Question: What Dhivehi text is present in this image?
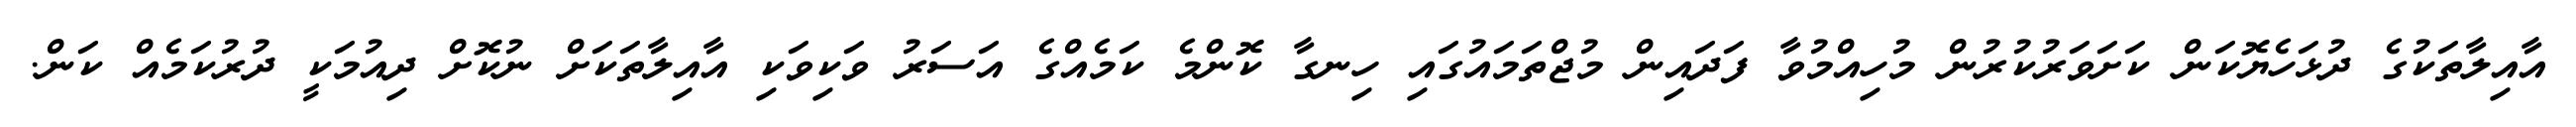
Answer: އާއިލާތަކުގެ ދުޅަހެޔޮކަން ކަށަވަރުކުރުން މުހިއްމުވާ ފަދައިން މުޖްތަމައުގައި ހިނގާ ކޮންމެ ކަމެއްގެ އަސަރު ވަކިވަކި އާއިލާތަކަށް ނުކޮށް ދިއުމަކީ ދުރުކަމެއް ކަން.